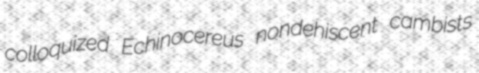
colloquized Echinocereus nondehiscent cambists